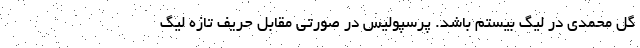
گل محمدی در لیگ بیستم باشد. پرسپولیس در صورتی مقابل حریف تازه لیگ